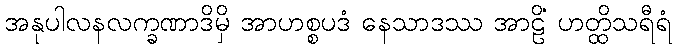
အနုပါလနလက္ခဏာဒိမှိ အာဟစ္စပဒံ နေသာဒဿ အာဠိံ ဟတ္ထိသရီရံ